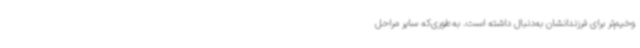
وخیم‌تر برای فرزندانشان به‌دنبال داشته است. به‌طوری‌که سایر مراحل